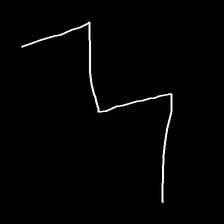
Glyph: crush